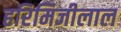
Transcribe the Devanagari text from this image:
हरिमिजीलाल